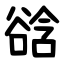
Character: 谽